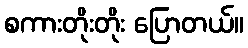
စကားတိုးတိုး ပြောတယ်။